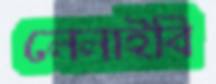
লেলাইবি